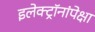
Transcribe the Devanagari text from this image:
इलेक्ट्रॉनांपेक्षा